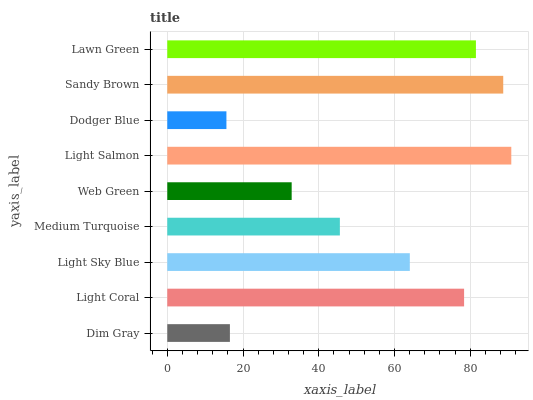
| yaxis_label | bars |
 | --- | --- |
 | Dim Gray | 16.5 |
 | Light Coral | 78.4 |
 | Light Sky Blue | 64 |
 | Medium Turquoise | 45.6 |
 | Web Green | 32.8 |
 | Light Salmon | 90.8 |
 | Dodger Blue | 15.6 |
 | Sandy Brown | 88.7 |
 | Lawn Green | 81.5 |